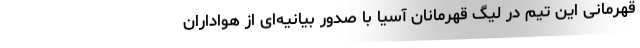
قهرمانی این تیم در لیگ قهرمانان آسیا با صدور بیانیه‌ای از هواداران